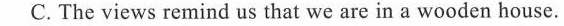
C.The views remind us that we are in a wooden house.